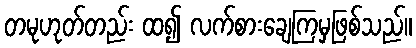
တမုဟုတ်တည်း ထ၍ လက်စားချေကြမှဖြစ်သည်။